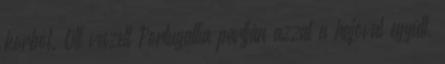
korból. Ott veszett Portugallia partján azzal a hajóval együtt,